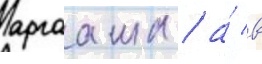
аргааша / а́ в